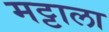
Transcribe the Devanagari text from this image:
मट्टाला